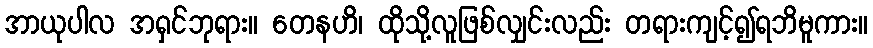
အာယုပါလ အရှင်ဘုရား။ တေနဟိ၊ ထိုသို့လူဖြစ်လျှင်းလည်း တရားကျင့်၍ရဘိမူကား။